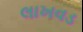
લાખવડ